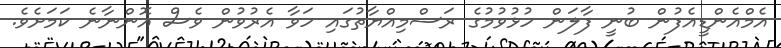
އެމްއެންޑީއެފުން ބުނީ ފާލަން ހުޅުވުމުގެ ރަސްމިއްޔާތުގައި ހަވާ އެރުވުން ވެސް އޮންނާނެ ކަމަށެވެ.